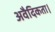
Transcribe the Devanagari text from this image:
अवैदिकता।